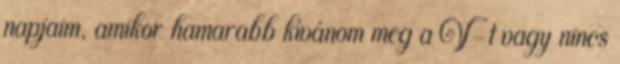
napjaim, amikor hamarabb kívánom meg a V-t vagy nincs